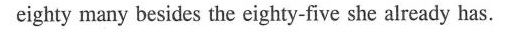
eighty many besides the eighty-five she already has.